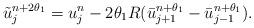
LaTeX: \begin{align*}\tilde{u}^{n+2\theta_1}_{j}=u^{n}_{j}-2\theta_{1}R(\bar{u}^{n+\theta_1}_{j+1}-\bar{u}^{n+\theta_1}_{j-1}) . \end{align*}